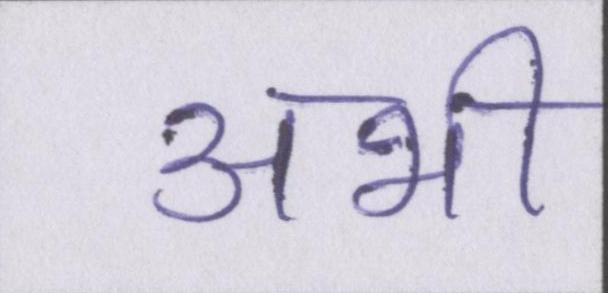
अभी